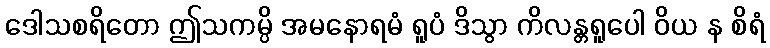
ဒေါသစရိတော ဤသကမ္ပိ အမနောရမံ ရူပံ ဒိသွာ ကိလန္တရူပေါ ဝိယ န စိရံ